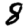
Digit: 8